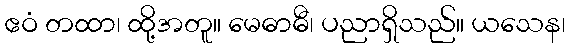
ဧဝံ တထာ၊ ထို့အတူ။ မေဓာဓီ၊ ပညာရှိသည်။ ယသေန၊